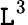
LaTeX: \mathtt{L}^{3}